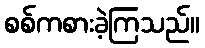
စစ်ကစားခဲ့ကြသည်။